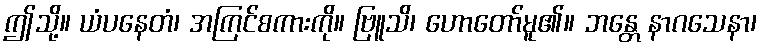
ဤသို့။ ယံပနေတံ၊ အကြင်စကားကို။ ဗြူသိ၊ ဟောတော်မူ၏။ ဘန္တေ နာဂသေနာ၊